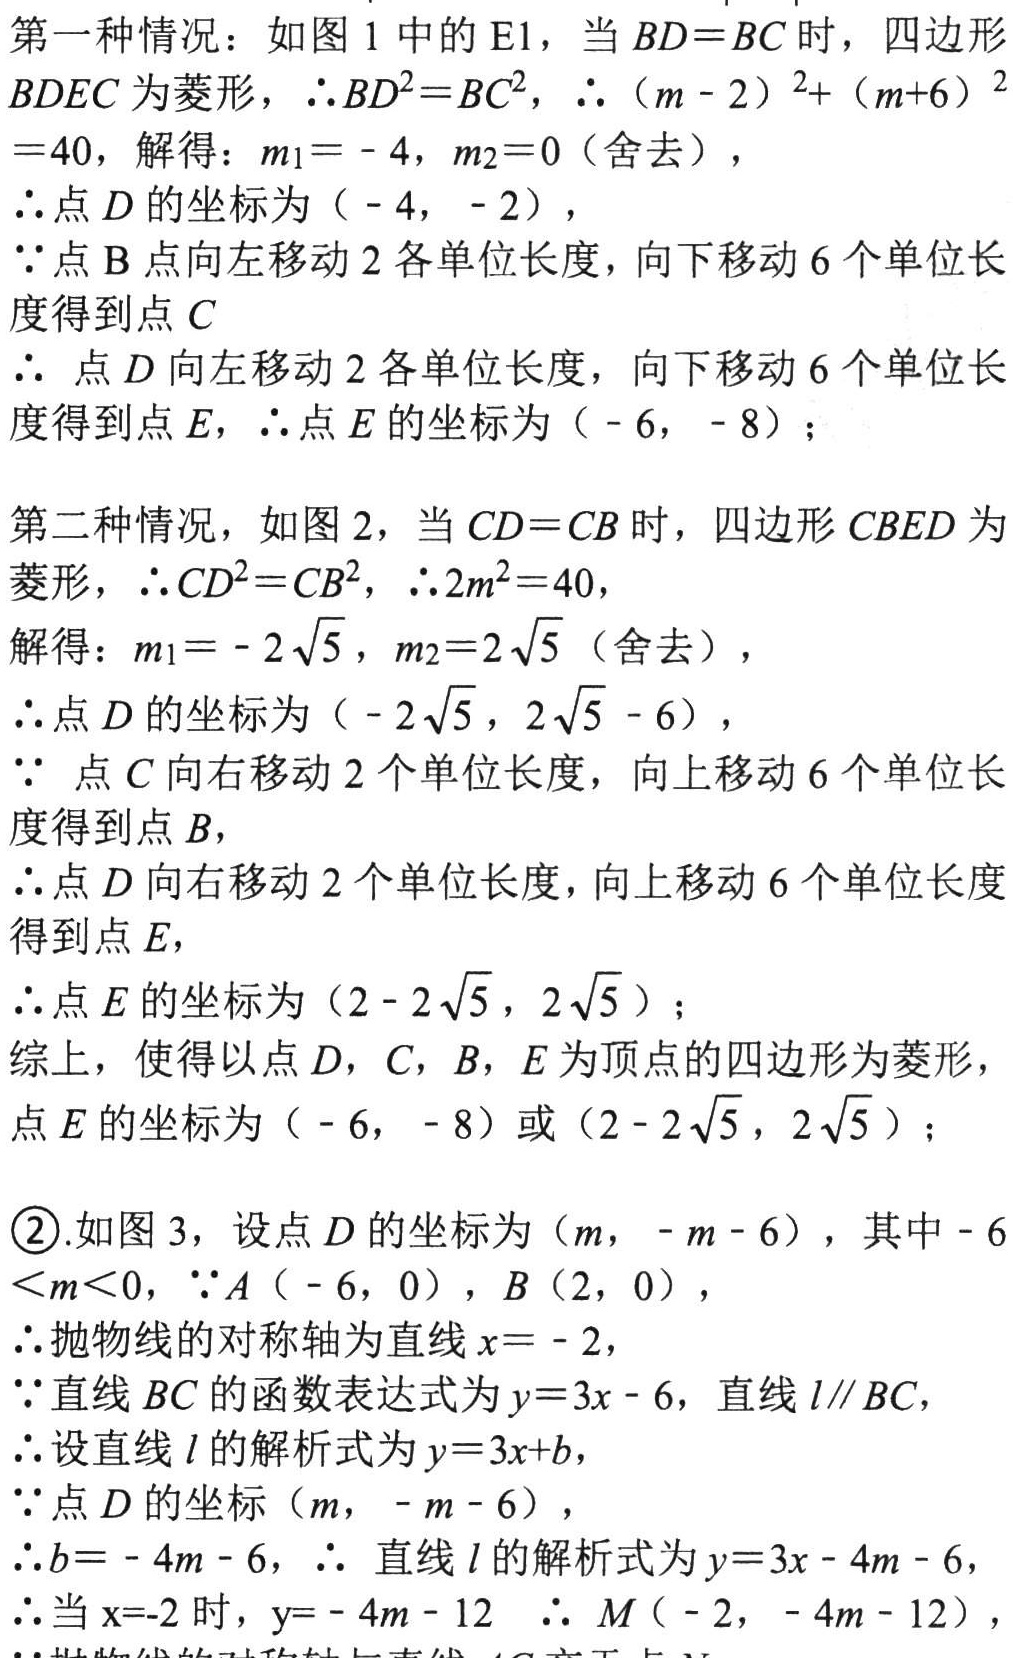
第一种情况：如图1中的E1，当\(BD = BC\)时，四边形\(BDEC\)为菱形，\(\therefore BD^{2}=BC^{2}\)，\(\therefore (m - 2)^{2}+(m + 6)^{2}=40\)，解得：\(m_{1}=-4\)，\(m_{2}=0\)（舍去），
\(\therefore\)点\(D\)的坐标为\((-4,-2)\)，
\(\because\)点\(B\)点向左移动\(2\)各单位长度，向下移动\(6\)个单位长度得到点\(C\)
\(\therefore\)点\(D\)向左移动\(2\)各单位长度，向下移动\(6\)个单位长度得到点\(E\)，\(\therefore\)点\(E\)的坐标为\((-6,-8)\)；
第二种情况，如图2，当\(CD = CB\)时，四边形\(CBED\)为菱形，\(\therefore CD^{2}=CB^{2}\)，\(\therefore 2m^{2}=40\)，
解得：\(m_{1}=-2\sqrt{5}\)，\(m_{2}=2\sqrt{5}\)（舍去），
\(\therefore\)点\(D\)的坐标为\((-2\sqrt{5},2\sqrt{5}-6)\)，
\(\because\)点\(C\)向右移动\(2\)个单位长度，向上移动\(6\)个单位长度得到点\(B\)，
\(\therefore\)点\(D\)向右移动\(2\)个单位长度，向上移动\(6\)个单位长度得到点\(E\)，
\(\therefore\)点\(E\)的坐标为\((2 - 2\sqrt{5},2\sqrt{5})\)；
综上，使得以点\(D\)，\(C\)，\(B\)，\(E\)为顶点的四边形为菱形，点\(E\)的坐标为\((-6,-8)\)或\((2 - 2\sqrt{5},2\sqrt{5})\)；
\textcircled{2}.如图3，设点\(D\)的坐标为\((m,-m - 6)\)，其中\(-6<m<0\)，\(\because A(-6,0)\)，\(B(2,0)\)，
\(\therefore\)抛物线的对称轴为直线\(x = - 2\)，
\(\because\)直线\(BC\)的函数表达式为\(y = 3x - 6\)，直线\(l\parallel BC\)，
\(\therefore\)设直线\(l\)的解析式为\(y = 3x + b\)，
\(\because\)点\(D\)的坐标\((m,-m - 6)\)，
\(\therefore b=-4m - 6\)，\(\therefore\)直线\(l\)的解析式为\(y = 3x - 4m - 6\)，
\(\therefore\)当\(x = - 2\)时，\(y=-4m - 12\) \(\therefore M(-2,-4m - 12)\)，
\(\because\)抛物线的对称轴与直线\(l\)交于点\(M\) 。